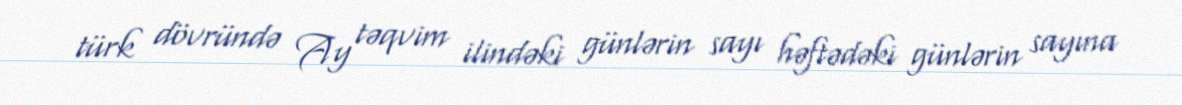
türk dövründə Ay təqvim ilindəki günlərin sayı həftədəki günlərin sayına